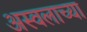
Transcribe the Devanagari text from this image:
अस्वलाच्या